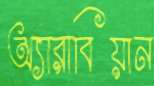
অ্যারাবিয়ান